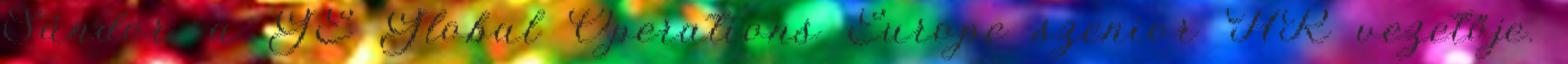
Sándor, a GE Global Operations Europe szenior HR vezetője.